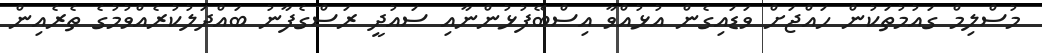
މުސްލިމް ގައުމުތަކުން ހައްޖަށް ވަޑައިގެން އުޅުއްވާ އިސްބޭފުޅުންނާއި ސައުދީ ރަސްގެފާނު ބައްދަލުކުރެއްވުމުގެ ތެރެއިން